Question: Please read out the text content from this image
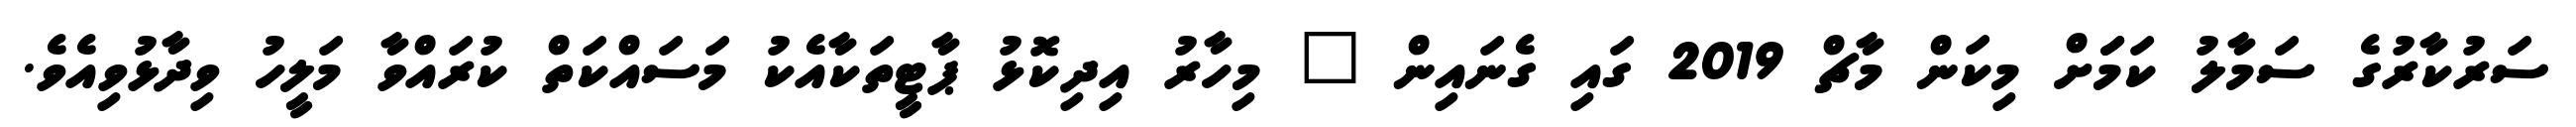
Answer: ސަރުކާރުގެ ސަމާލު ކަމަަށް މިކަން މާޗް 2019 ގައި ގެނައިން " މިހާރު އިދިކޮޅު ޕާޓީތަކާއެކު މަސައްކަތް ކުރައްވާ މަލީހު ވިދާޅުވިއެވެ.